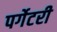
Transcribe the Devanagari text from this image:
पर्गेटरी